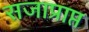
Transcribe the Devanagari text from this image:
सजाप्राप्त